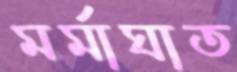
মর্মাঘাত